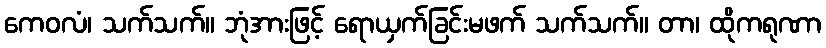
ကေဝလံ၊ သက်သက်။ ဘုံအားဖြင့် ရောယှက်ခြင်းမဖက် သက်သက်။ တာ၊ ထိုကရုဏာ